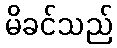
မိခင်သည်